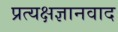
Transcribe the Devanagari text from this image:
प्रत्यक्षज्ञानवाद